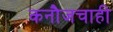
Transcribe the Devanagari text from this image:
कनौजचाही